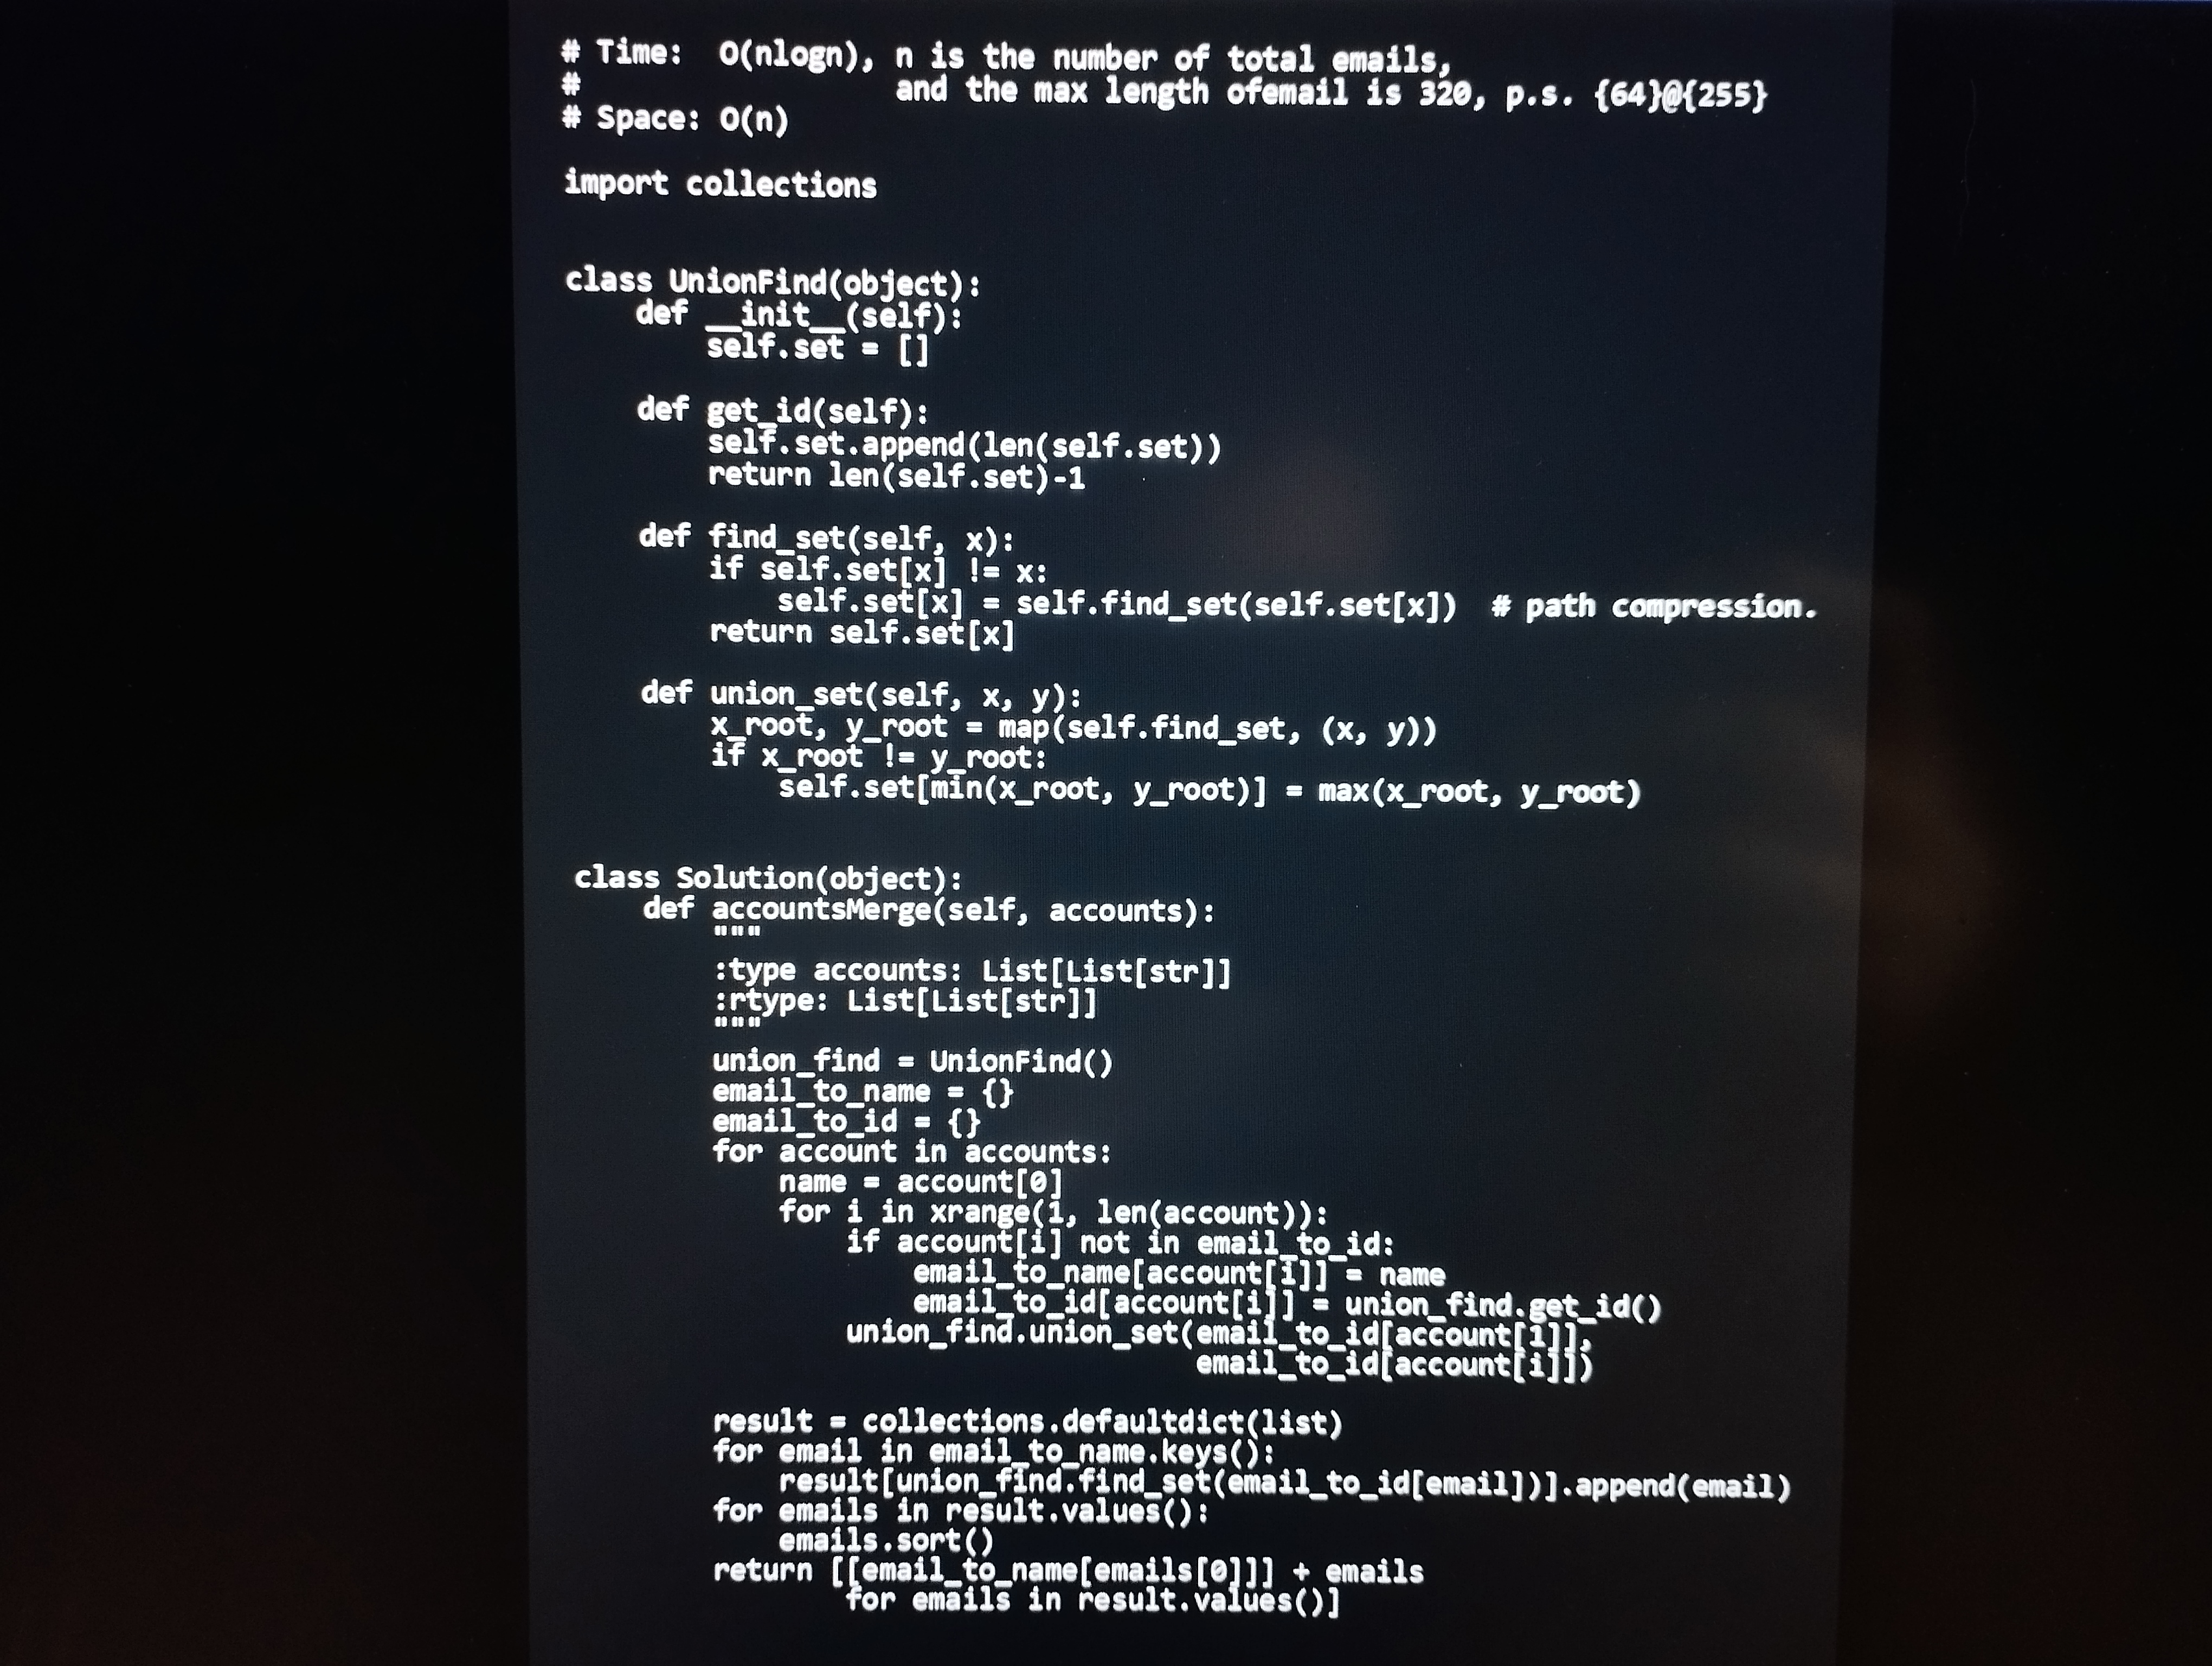
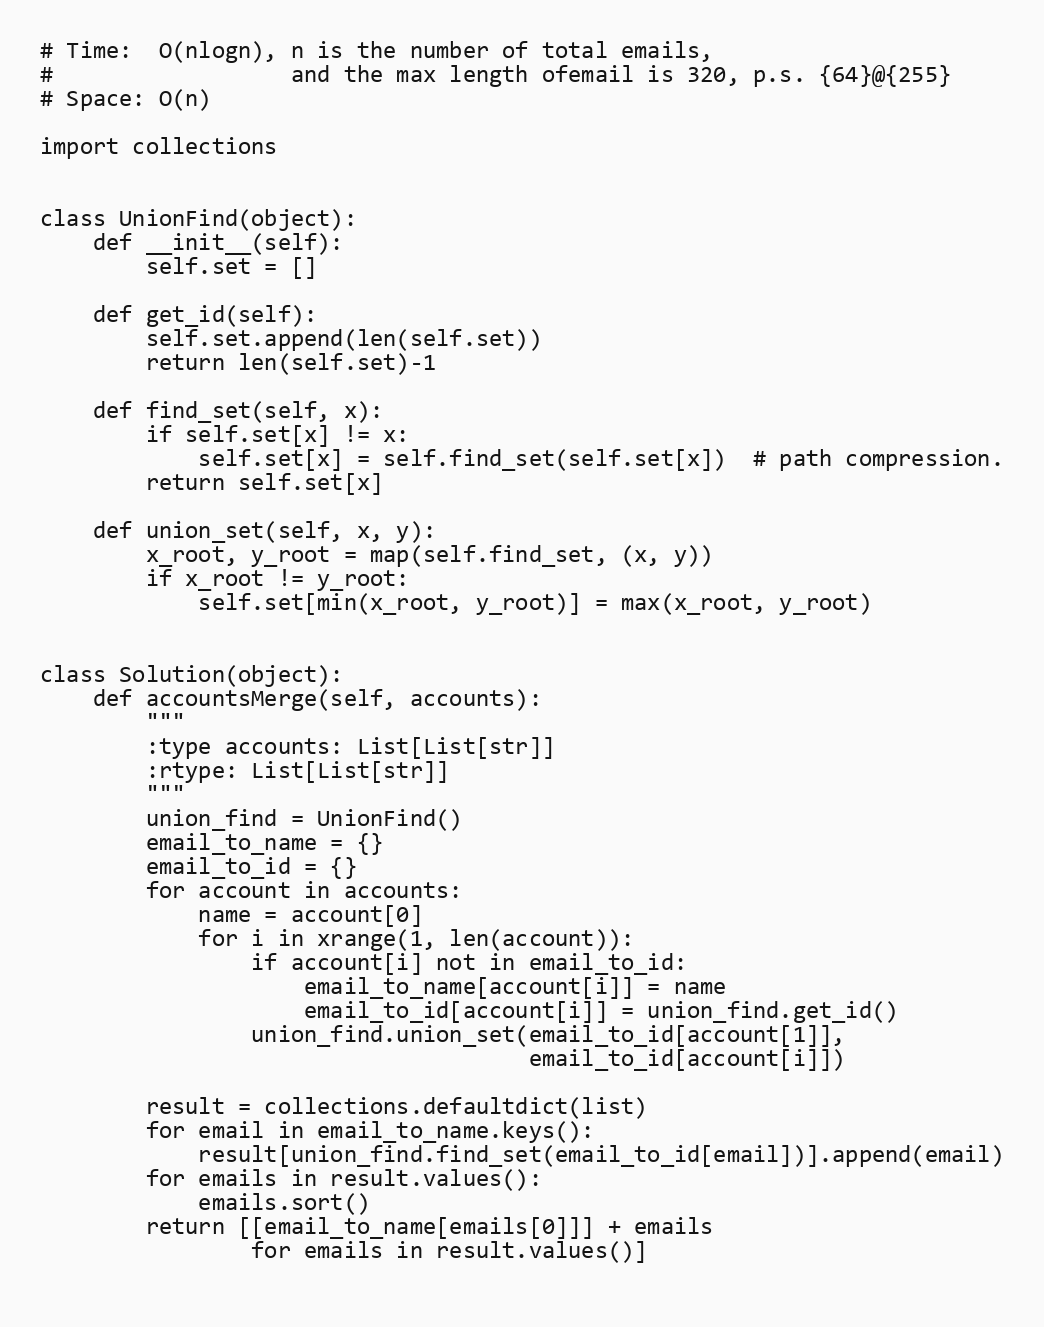
# Time:  O(nlogn), n is the number of total emails,
#                  and the max length ofemail is 320, p.s. {64}@{255}
# Space: O(n)

import collections

class UnionFind(object):
    def __init__(self):
        self.set = []

    def get_id(self):
        self.set.append(len(self.set))
        return len(self.set)-1

    def find_set(self, x):
        if self.set[x] != x:
            self.set[x] = self.find_set(self.set[x])  # path compression.
        return self.set[x]

    def union_set(self, x, y):
        x_root, y_root = map(self.find_set, (x, y))
        if x_root != y_root:
            self.set[min(x_root, y_root)] = max(x_root, y_root)

class Solution(object):
    def accountsMerge(self, accounts):
        """
        :type accounts: List[List[str]]
        :rtype: List[List[str]]
        """
        union_find = UnionFind()
        email_to_name = {}
        email_to_id = {}
        for account in accounts:
            name = account[0]
            for i in xrange(1, len(account)):
                if account[i] not in email_to_id:
                    email_to_name[account[i]] = name
                    email_to_id[account[i]] = union_find.get_id()
                union_find.union_set(email_to_id[account[1]],
                                     email_to_id[account[i]])

        result = collections.defaultdict(list)
        for email in email_to_name.keys():
            result[union_find.find_set(email_to_id[email])].append(email)
        for emails in result.values():
            emails.sort()
        return [[email_to_name[emails[0]]] + emails
                for emails in result.values()]